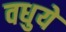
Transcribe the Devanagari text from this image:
वधुये